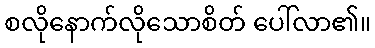
စလိုနောက်လိုသောစိတ် ပေါ်လာ၏။